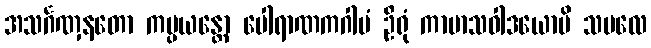
အသင်္ဂဏှနတော ကမ္ပယန္တော ပေါရာဏကဂါမံ ဦရုံ ကာမာသဝါဒယောပိ သမလေ